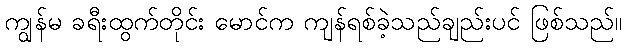
ကျွန်မ ခရီးထွက်တိုင်း မောင်က ကျန်ရစ်ခဲ့သည်ချည်းပင် ဖြစ်သည်။